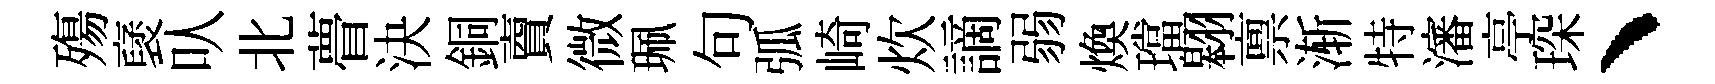
殤裦㕥北瞢決銅𧶠微珮句弧崎炊謫弱煥璫翱禀渐特瀋亭琛、